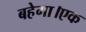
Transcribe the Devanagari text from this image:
बहेगा।एक